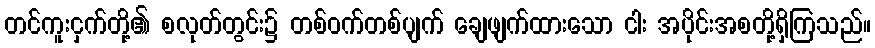
တင်ကူးငှက်တို့၏ စလုတ်တွင်း၌ တစ်ဝက်တစ်ပျက် ချေဖျက်ထားသော ငါး အပိုင်းအစတို့ရှိကြသည်။